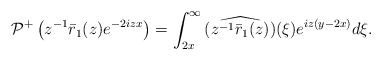
\begin{align*}\begin{aligned}\mathcal{P}^{+}\left(z^{-1}\bar{r}_1(z) e^{-2 i z x}\right)&=\int_{2x}^{\infty}\widehat{ (z^{-1}\bar{r}_1(z))}(\xi) e^{iz(y-2x) } d\xi.\end{aligned}\end{align*}